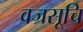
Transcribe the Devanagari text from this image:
वज्रसूचि